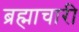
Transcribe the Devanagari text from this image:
ब्रह्माचारी